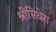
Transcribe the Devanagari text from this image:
श्रीसिवेरा